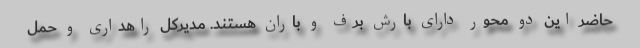
حاضر این دو محور دارای بارش برف و باران هستند. مدیرکل راهداری و حمل